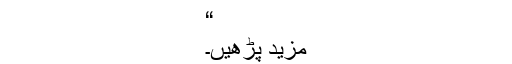
“
مزید پڑھیں۔